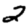
Digit: 2